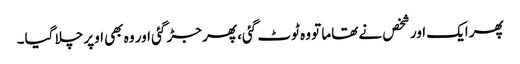
پھر ایک اور شخص نے تھاما تو وہ ٹوٹ گئی، پھر جڑ گئی اور وہ بھی اوپر چلا گیا۔